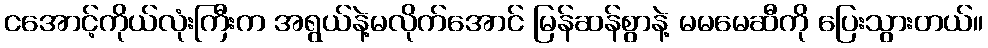
ငအောင့်ကိုယ်လုံးကြီးက အရွယ်နဲ့မလိုက်အောင် မြန်ဆန်စွာနဲ့ မမမေဆီကို ပြေးသွားတယ်။